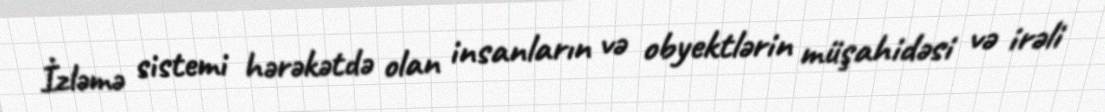
İzləmə sistemi hərəkətdə olan insanların və obyektlərin müşahidəsi və irəli